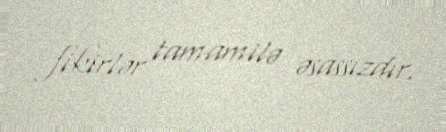
fikirlər tamamilə əsassızdır.